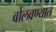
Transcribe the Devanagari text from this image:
बोलवण्यात